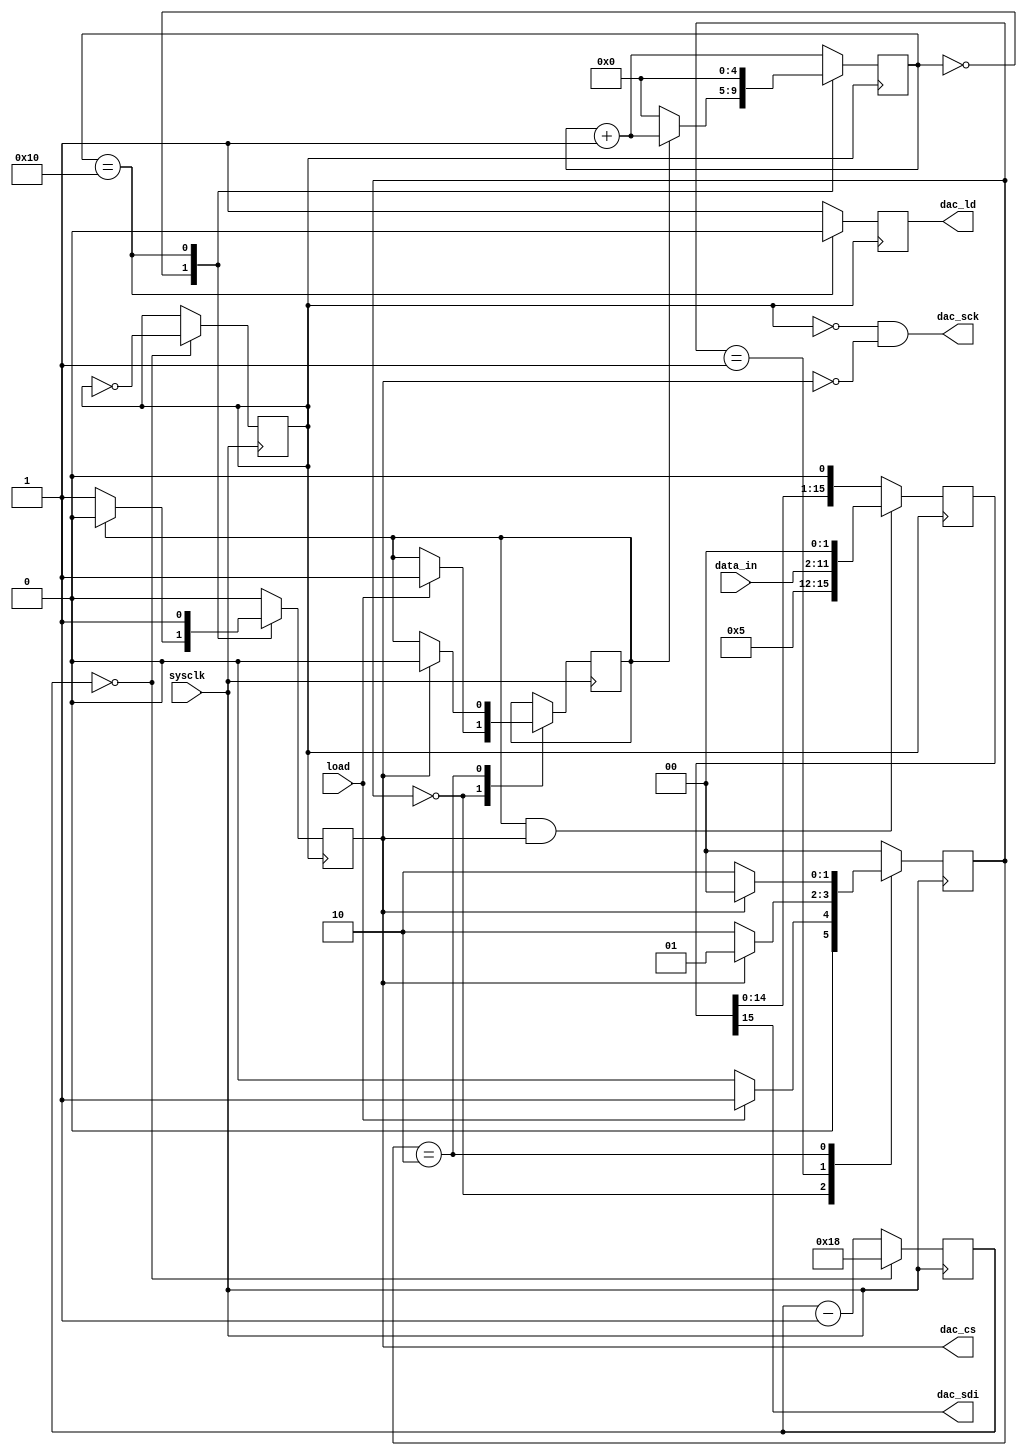
//------------------------------
// Module name: spi2dac
// Function: SPI interface for MPC4911 DAC
// Creator:  Peter Cheung
// Version:  1.1
//------------------------------

module spi2dac (sysclk, data_in, load, dac_sdi, dac_cs, dac_sck, dac_ld);

	input	sysclk;				// 50MHz system clock of DE0
	input	[9:0]	data_in;	// input data to DAC
	input	load;				// Pulse to load data to dac
	output dac_sdi;		// SPI serial data out
	output dac_cs;			// chip select - low when sending data to dac
	output dac_sck;		// SPI clock, 16 cycles at half sysclk freq
	output dac_ld;

//-------------Input Ports-----------------------------
// All the input ports should be wires
	wire			sysclk, load;
	wire [9:0]	data_in;
	
//-------------Output Ports-----------------------------
// Output port can be a storage element (reg) or a wire
	reg			dac_cs, dac_ld;
	wire			dac_sck, dac_sdi;
	
	parameter	BUF=1'b1;		// 0:no buffer, 1:Vref buffered
	parameter	GA_N=1'b0;		// 0:gain = 2x, 1:gain = 1x
	parameter	SHDN_N=1'b1;	// 0:power down, 1:dac active
	
	wire [3:0] cmd = {1'b0,BUF,GA_N,SHDN_N};  // wire to VDD or GND
	
	// --- Submodule: Generate internal clock at 1 MHz -----
	reg			clk_1MHz;	// 1Mhz clock derived from 50MHz
	reg [4:0]	ctr;			// internal counter
	parameter	TIME_CONSTANT = 5'd24;  // change this for diff clk freq
	initial begin
		clk_1MHz = 0;			// don't need to reset - don't care if it is 1 or 0 to start
		ctr = 5'b0;				//  ... Initialise when FPGA is configured
	end
		
	always @ (posedge sysclk)   // 
	  if (ctr==0) begin
		  ctr <= TIME_CONSTANT;
		  clk_1MHz <= ~clk_1MHz; // toggle the output clock for squarewave
		end
	  else
		  ctr <= ctr - 1'b1;
	// ---- end internal clock generator ----------

	// ---- Detect posedge of load with a small state machine
	// .... FF set on posedge of load
	// .... reset when dac_cs goes high at the end of DAC output cycle
	reg [1:0] 	sr_state;
	parameter	IDLE  = 2'b00,WAIT_CSB_FALL = 2'b01, WAIT_CSB_HIGH = 2'b10;
	reg			dac_start;		 // set if a DAC write is detected
	
	initial begin
		sr_state = IDLE;
		dac_start = 1'b0;	// set while sending data to DAC
		end
	
	always @ (posedge sysclk)
		case (sr_state)
			IDLE:	if (load==1'b0) sr_state <= IDLE;
					else	begin
						sr_state <= WAIT_CSB_FALL;
						dac_start <= 1'b1;
						end  				
			WAIT_CSB_FALL: if (dac_cs==1'b1) sr_state <= WAIT_CSB_FALL;
					else sr_state <= WAIT_CSB_HIGH;
					
			WAIT_CSB_HIGH: if (dac_cs==1'b0) sr_state <= WAIT_CSB_HIGH;
					else begin
						sr_state <= IDLE;
						dac_start <= 1'b0;
						end	
			default: sr_state <= IDLE;
		endcase
	//------- End circuit to detect start and end of conversion	

	//------- spi controller designed as a state machine
	// .... with 17 states (idle, and S1-S16 
	// .... for the 16 cycles each sending 1-bit to dac)
	reg [4:0] 	state;
	
	initial	begin	
		state = 5'b0; dac_ld = 1'b0; dac_cs = 1'b1; 
		end
		
	always @(posedge clk_1MHz)  begin
		// default outputs and state transition
		dac_cs <= 1'b0; dac_ld <= 1'b1; 
		state <= state + 1'b1;	// move to next state by default
		case (state)
			5'd0:	if (dac_start == 1'b0)  begin  
						state <= 5'd0; 				// still waiting
						dac_cs <= 1'b1; 
						end
			5'd16: begin  
						dac_cs <= 1'b1; dac_ld <= 1'b0; 
						state <= 5'd0;  // go back to idle state
					end
			default:   begin					// all other states
					dac_cs <= 1'b0; dac_ld <= 1'b1; 
					state <= state + 1'b1;	// default state transition
					end
			endcase
		end	// ... always
	
	// shift register for output data
	reg [15:0] shift_reg;
	initial	begin	
		shift_reg = 16'b0; 
		end

	always @(posedge clk_1MHz)
		if((dac_start==1'b1)&&(dac_cs==1'b1))		// parallel load data to shift reg
			shift_reg <= {cmd,data_in,2'b00};
		else 													// .. else start shifting
			shift_reg <= {shift_reg[14:0],1'b0};
	
	// Assign outputs to drive SPI interface to DAC
			assign dac_sck = !clk_1MHz&!dac_cs;
			assign dac_sdi = shift_reg[15];
endmodule